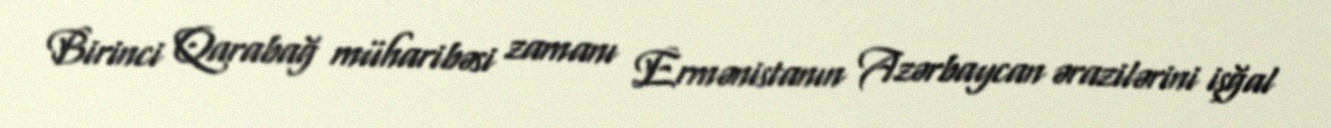
Birinci Qarabağ müharibəsi zamanı Ermənistanın Azərbaycan ərazilərini işğal